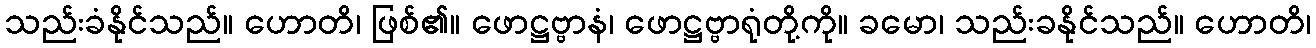
သည်းခံနိုင်သည်။ ဟောတိ၊ ဖြစ်၏။ ဖောဋ္ဌဗ္ဗာနံ၊ ဖောဋ္ဌဗ္ဗာရုံတို့ကို။ ခမော၊ သည်းခနိုင်သည်။ ဟောတိ၊